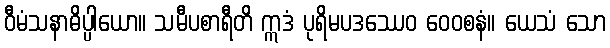
ဝီမံသနာဓိပ္ပါယော။ သမီပစာရီတိ ဣဒံ ပုရိမပဒဿေဝ ဝေဝစနံ။ ယေသံ သော